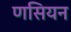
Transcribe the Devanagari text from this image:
णसियन